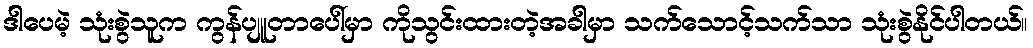
ဒါပေမဲ့ သုံးစွဲသူက ကွန်ပျူတာပေါ်မှာ ကိုသွင်းထားတဲ့အခါမှာ သက်သောင့်သက်သာ သုံးစွဲနိုင်ပါတယ်။